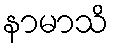
နာမာသိ